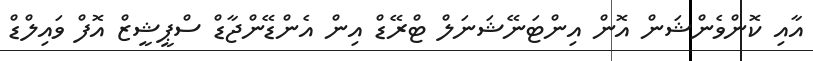
އާއި ކޮންވެންޝަން އޮން އިންޓަނޭޝަނަލް ޓްރޭޑް އިން އެންޑޭންޖާޑް ސްޕީޝީޒް އޮފް ވައިލްޑް